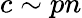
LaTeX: c\sim pn